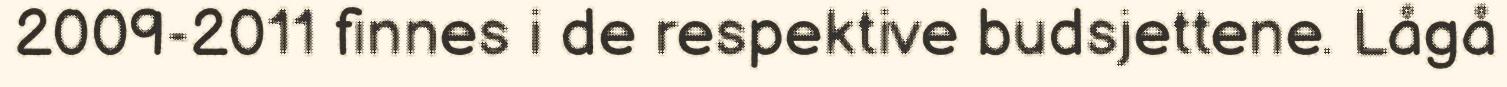
2009-2011 finnes i de respektive budsjettene. Lågå